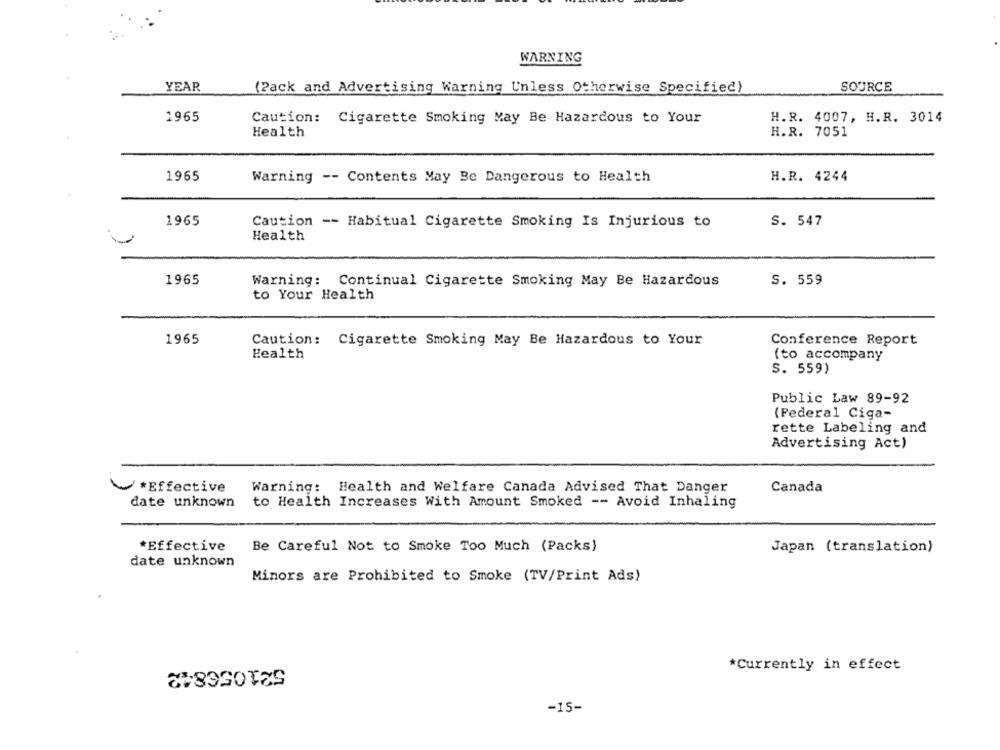
WARNING
YEAR
(Pack and Advertising Warning Unless Otherwise Specified)
SOURCE
1965
Caution: Cigarette Smoking May Be Hazardous to Your
H.R. 4007, H.R. 3014
Health
H.R. 7051
1965
Warning -- Contents May Be Dangerous to Health
H.R. 4244
1965
Caution -- Habitual Cigarette Smoking Is Injurious to
S. 547
Health
1965
Warning: Continual Cigarette Smoking May Be Hazardous
S. 559
to Your Health
1965
Caution: Cigarette Smoking May Be Hazardous to Your
Conference Report
Health
(to accompany
S. 559)
Public Law 89-92
(Federal Ciga-
rette Labeling and
Advertising Act)
Warning: Health and Welfare Canada Advised That Danger
*Effective
Canada
date unknown
to Health Increases With Amount Smoked -- Avoid Inhaling
*Effective
Be Careful Not to Smoke Too Much (Packs)
Japan (translation)
date unknown
Minors are Prohibited to Smoke (TV/Print Ads)
521056842
*Currently in effect
-15-